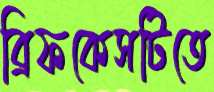
ব্রিফকেসটিতে